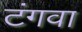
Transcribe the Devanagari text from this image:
टंगवा